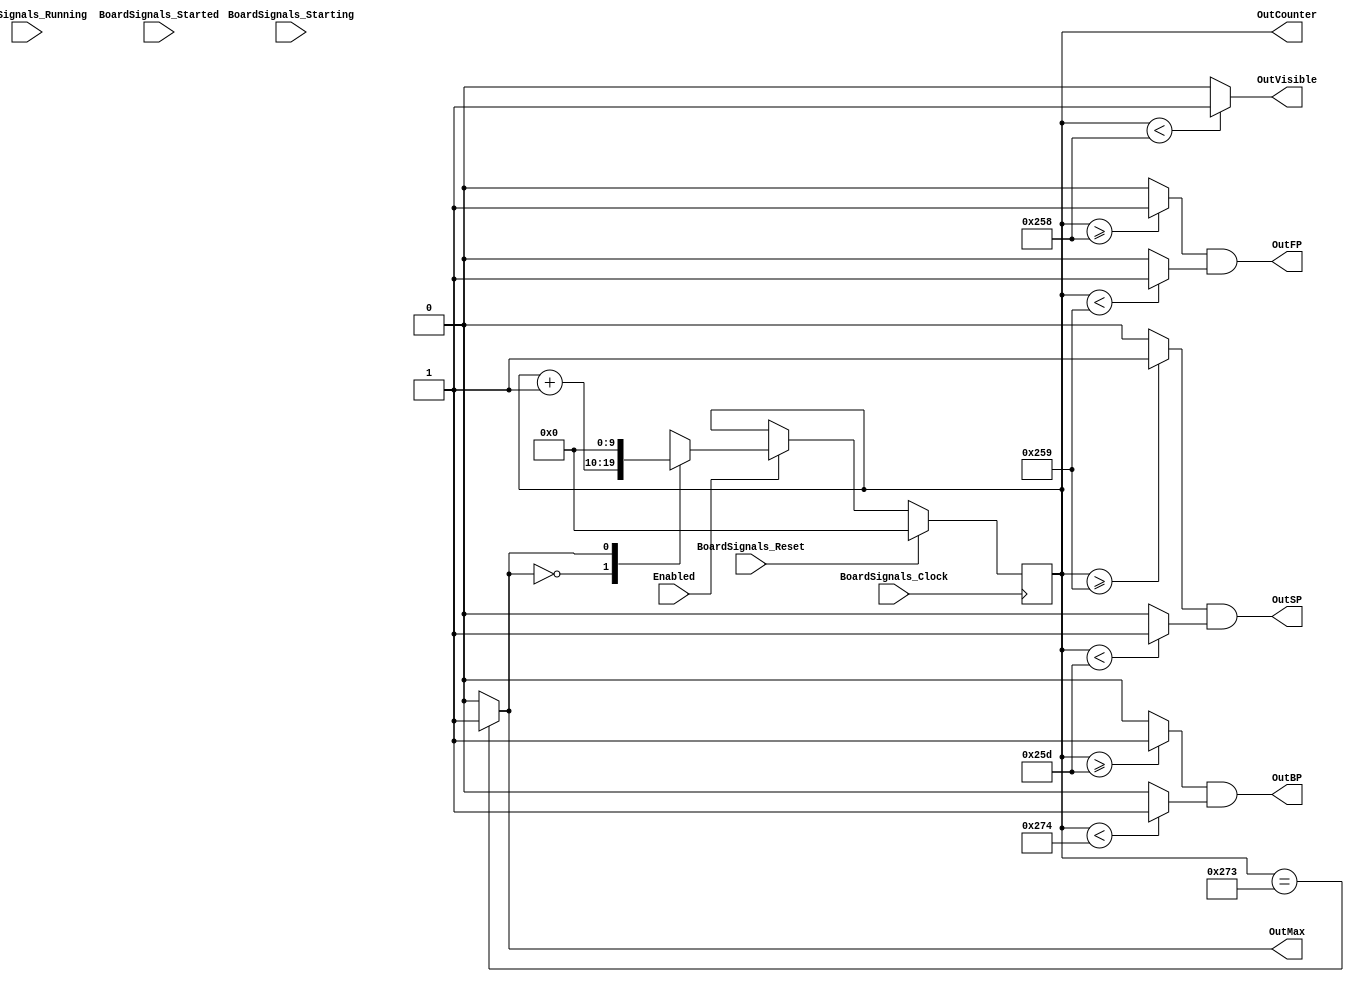
`timescale 1ns/1ps
`default_nettype none
// PLEASE READ THIS, IT MAY SAVE YOU SOME TIME AND MONEY, THANK YOU!
// * This file was generated by Quokka FPGA Toolkit.
// * Generated code is your property, do whatever you want with it
// * Place custom code between [BEGIN USER ***] and [END USER ***].
// * CAUTION: All code outside of [USER] scope is subject to regeneration.
// * Bad things happen sometimes in developer's life,
//   it is recommended to use source control management software (e.g. git, bzr etc) to keep your custom code safe'n'sound.
// * Internal structure of code is subject to change.
//   You can use some of signals in custom code, but most likely they will not exist in future (e.g. will get shorter or gone completely)
// * Please send your feedback, comments, improvement ideas etc. to evmuryshkin@gmail.com
// * Visit https://github.com/EvgenyMuryshkin/QuokkaEvaluation to access latest version of playground
// 
// DISCLAIMER:
//   Code comes AS-IS, it is your responsibility to make sure it is working as expected
//   no responsibility will be taken for any loss or damage caused by use of Quokka toolkit.
// 
// System configuration name is VGAController_TopLevel_VGAController_vSync, clock frequency is 1Hz, Embedded
// FSM summary
// -- Packages
module VGAController_TopLevel_VGAController_vSync (
// [BEGIN USER PORTS]
// [END USER PORTS]

	input wire  BoardSignals_Clock,
	input wire  BoardSignals_Reset,
	input wire  BoardSignals_Running,
	input wire  BoardSignals_Starting,
	input wire  BoardSignals_Started,
	input wire  Enabled,
	output wire OutVisible,
	output wire OutFP,
	output wire OutSP,
	output wire OutBP,
	output wire OutMax,
	output wire [10: 1] OutCounter
    );

// [BEGIN USER SIGNALS]
// [END USER SIGNALS]
localparam HiSignal = 1'b1;
localparam LoSignal = 1'b0;
wire  Zero = 1'b0;
wire  One = 1'b1;
wire  true = 1'b1;
wire  false = 1'b0;
wire  [9:0] visible = 10'b1001011000;
wire  [9:0] fp = 10'b1001011001;
wire  [9:0] sp = 10'b1001011101;
wire  [9:0] bp = 10'b1001110100;
wire  [9:0] max = 10'b1001110011;
wire  [3:0] capacity = 4'b1010;
wire  VGASyncModule_L64F9L67T10_VGASyncModule_L66F85T86_Expr = 1'b0;
wire  VGASyncModule_L64F9L67T10_VGASyncModule_L66F106T107_Expr = 1'b1;
wire  Inputs_Enabled;
reg  [9:0] NextState_counter;
wire  internalIsMax;
wire  [9:0] VGASyncModule_L64F9L67T10_VGASyncModule_L66F37T108_Source;
wire  VGASyncModule_L64F9L67T10_VGASyncModule_L66F69T87_Source;
wire  [9:0] VGASyncModule_L64F9L67T10_VGASyncModule_L66F37T126_Resize;
wire  [9:0] VGASyncModule_L64F9L67T10_VGASyncModule_L66F37T137_SignChange;
reg  [9:0] State_counter = 10'b0000000000;
wire  [9:0] State_counterDefault = 10'b0000000000;
wire  VGASyncModule_L57F30T76_Expr;
wire  VGASyncModule_L57F30T76_Expr_1;
wire  VGASyncModule_L57F30T76_Expr_2;
wire  VGASyncModule_L58F30T71_Expr;
wire  VGASyncModule_L58F30T71_Expr_1;
wire  VGASyncModule_L58F30T71_Expr_2;
wire  VGASyncModule_L59F30T71_Expr;
wire  VGASyncModule_L59F30T71_Expr_1;
wire  VGASyncModule_L59F30T71_Expr_2;
wire  [11:0] VGASyncModule_L64F9L67T10_VGASyncModule_L66F90T107_Expr;
wire signed  [11:0] VGASyncModule_L64F9L67T10_VGASyncModule_L66F90T107_Expr_1;
wire signed  [11:0] VGASyncModule_L64F9L67T10_VGASyncModule_L66F90T107_Expr_2;
wire  VGASyncModule_L54F31T51_Expr;
wire signed  [10:0] VGASyncModule_L54F31T51_ExprLhs;
wire signed  [10:0] VGASyncModule_L54F31T51_ExprRhs;
wire  VGASyncModule_L56F35T58_Expr;
wire signed  [10:0] VGASyncModule_L56F35T58_ExprLhs;
wire signed  [10:0] VGASyncModule_L56F35T58_ExprRhs;
wire  VGASyncModule_L57F30T54_Expr;
wire signed  [10:0] VGASyncModule_L57F30T54_ExprLhs;
wire signed  [10:0] VGASyncModule_L57F30T54_ExprRhs;
wire  VGASyncModule_L57F58T76_Expr;
wire signed  [10:0] VGASyncModule_L57F58T76_ExprLhs;
wire signed  [10:0] VGASyncModule_L57F58T76_ExprRhs;
wire  VGASyncModule_L58F30T49_Expr;
wire signed  [10:0] VGASyncModule_L58F30T49_ExprLhs;
wire signed  [10:0] VGASyncModule_L58F30T49_ExprRhs;
wire  VGASyncModule_L58F53T71_Expr;
wire signed  [10:0] VGASyncModule_L58F53T71_ExprLhs;
wire signed  [10:0] VGASyncModule_L58F53T71_ExprRhs;
wire  VGASyncModule_L59F30T49_Expr;
wire signed  [10:0] VGASyncModule_L59F30T49_ExprLhs;
wire signed  [10:0] VGASyncModule_L59F30T49_ExprRhs;
wire  VGASyncModule_L59F53T71_Expr;
wire signed  [10:0] VGASyncModule_L59F53T71_ExprLhs;
wire signed  [10:0] VGASyncModule_L59F53T71_ExprRhs;
reg  [9:0] VGASyncModule_L64F9L67T10_VGASyncModule_L66F53T107_Lookup;
wire  VGASyncModule_L64F9L67T10_VGASyncModule_L66F53T107_LookupMultiplexerAddress;
wire  [9:0] VGASyncModule_L64F9L67T10_VGASyncModule_L66F53T107_Lookup1;
wire  [9:0] VGASyncModule_L64F9L67T10_VGASyncModule_L66F53T107_Lookup2;
always @(posedge BoardSignals_Clock)
begin
if ( BoardSignals_Reset == 1 ) begin
State_counter <= State_counterDefault;
end
else begin
State_counter <= NextState_counter;
end
end
assign VGASyncModule_L54F31T51_Expr = VGASyncModule_L54F31T51_ExprLhs == VGASyncModule_L54F31T51_ExprRhs ? 1'b1 : 1'b0;
assign VGASyncModule_L56F35T58_Expr = VGASyncModule_L56F35T58_ExprLhs < VGASyncModule_L56F35T58_ExprRhs ? 1'b1 : 1'b0;
assign VGASyncModule_L57F30T54_Expr = VGASyncModule_L57F30T54_ExprLhs >= VGASyncModule_L57F30T54_ExprRhs ? 1'b1 : 1'b0;
assign VGASyncModule_L57F58T76_Expr = VGASyncModule_L57F58T76_ExprLhs < VGASyncModule_L57F58T76_ExprRhs ? 1'b1 : 1'b0;
assign VGASyncModule_L58F30T49_Expr = VGASyncModule_L58F30T49_ExprLhs >= VGASyncModule_L58F30T49_ExprRhs ? 1'b1 : 1'b0;
assign VGASyncModule_L58F53T71_Expr = VGASyncModule_L58F53T71_ExprLhs < VGASyncModule_L58F53T71_ExprRhs ? 1'b1 : 1'b0;
assign VGASyncModule_L59F30T49_Expr = VGASyncModule_L59F30T49_ExprLhs >= VGASyncModule_L59F30T49_ExprRhs ? 1'b1 : 1'b0;
assign VGASyncModule_L59F53T71_Expr = VGASyncModule_L59F53T71_ExprLhs < VGASyncModule_L59F53T71_ExprRhs ? 1'b1 : 1'b0;
assign VGASyncModule_L57F30T76_Expr = VGASyncModule_L57F30T76_Expr_1 & VGASyncModule_L57F30T76_Expr_2;
assign VGASyncModule_L58F30T71_Expr = VGASyncModule_L58F30T71_Expr_1 & VGASyncModule_L58F30T71_Expr_2;
assign VGASyncModule_L59F30T71_Expr = VGASyncModule_L59F30T71_Expr_1 & VGASyncModule_L59F30T71_Expr_2;
assign VGASyncModule_L64F9L67T10_VGASyncModule_L66F90T107_Expr = VGASyncModule_L64F9L67T10_VGASyncModule_L66F90T107_Expr_1 + VGASyncModule_L64F9L67T10_VGASyncModule_L66F90T107_Expr_2;
always @*
begin
case (VGASyncModule_L64F9L67T10_VGASyncModule_L66F53T107_LookupMultiplexerAddress)
    'b0:
VGASyncModule_L64F9L67T10_VGASyncModule_L66F53T107_Lookup = VGASyncModule_L64F9L67T10_VGASyncModule_L66F53T107_Lookup1;
    'b1:
VGASyncModule_L64F9L67T10_VGASyncModule_L66F53T107_Lookup = VGASyncModule_L64F9L67T10_VGASyncModule_L66F53T107_Lookup2;
  default:
VGASyncModule_L64F9L67T10_VGASyncModule_L66F53T107_Lookup = 'b0000000000;
endcase

end
always @*
begin
NextState_counter = State_counter;
if ( Inputs_Enabled == 1 ) begin
NextState_counter = VGASyncModule_L64F9L67T10_VGASyncModule_L66F37T137_SignChange;
end

end
assign VGASyncModule_L54F31T51_ExprLhs = { {1{1'b0}}, State_counter }/*expand*/;
assign VGASyncModule_L54F31T51_ExprRhs = { {1{1'b0}}, max }/*expand*/;
assign VGASyncModule_L56F35T58_ExprLhs = { {1{1'b0}}, State_counter }/*expand*/;
assign VGASyncModule_L56F35T58_ExprRhs = { {1{1'b0}}, visible }/*expand*/;
assign VGASyncModule_L57F30T54_ExprLhs = { {1{1'b0}}, State_counter }/*expand*/;
assign VGASyncModule_L57F30T54_ExprRhs = { {1{1'b0}}, visible }/*expand*/;
assign VGASyncModule_L57F58T76_ExprLhs = { {1{1'b0}}, State_counter }/*expand*/;
assign VGASyncModule_L57F58T76_ExprRhs = { {1{1'b0}}, fp }/*expand*/;
assign VGASyncModule_L58F30T49_ExprLhs = { {1{1'b0}}, State_counter }/*expand*/;
assign VGASyncModule_L58F30T49_ExprRhs = { {1{1'b0}}, fp }/*expand*/;
assign VGASyncModule_L58F53T71_ExprLhs = { {1{1'b0}}, State_counter }/*expand*/;
assign VGASyncModule_L58F53T71_ExprRhs = { {1{1'b0}}, sp }/*expand*/;
assign VGASyncModule_L59F30T49_ExprLhs = { {1{1'b0}}, State_counter }/*expand*/;
assign VGASyncModule_L59F30T49_ExprRhs = { {1{1'b0}}, sp }/*expand*/;
assign VGASyncModule_L59F53T71_ExprLhs = { {1{1'b0}}, State_counter }/*expand*/;
assign VGASyncModule_L59F53T71_ExprRhs = { {1{1'b0}}, bp }/*expand*/;
assign VGASyncModule_L57F30T76_Expr_1 = VGASyncModule_L57F30T54_Expr;
assign VGASyncModule_L57F30T76_Expr_2 = VGASyncModule_L57F58T76_Expr;
assign VGASyncModule_L58F30T71_Expr_1 = VGASyncModule_L58F30T49_Expr;
assign VGASyncModule_L58F30T71_Expr_2 = VGASyncModule_L58F53T71_Expr;
assign VGASyncModule_L59F30T71_Expr_1 = VGASyncModule_L59F30T49_Expr;
assign VGASyncModule_L59F30T71_Expr_2 = VGASyncModule_L59F53T71_Expr;
assign VGASyncModule_L64F9L67T10_VGASyncModule_L66F90T107_Expr_1 = { {2{1'b0}}, State_counter }/*expand*/;
assign VGASyncModule_L64F9L67T10_VGASyncModule_L66F90T107_Expr_2 = { {11{1'b0}}, VGASyncModule_L64F9L67T10_VGASyncModule_L66F106T107_Expr }/*expand*/;
assign Inputs_Enabled = Enabled;
assign internalIsMax = VGASyncModule_L54F31T51_Expr;
assign VGASyncModule_L64F9L67T10_VGASyncModule_L66F69T87_Source = VGASyncModule_L64F9L67T10_VGASyncModule_L66F85T86_Expr;
assign VGASyncModule_L64F9L67T10_VGASyncModule_L66F37T108_Source = VGASyncModule_L64F9L67T10_VGASyncModule_L66F53T107_Lookup;
assign VGASyncModule_L64F9L67T10_VGASyncModule_L66F37T126_Resize = VGASyncModule_L64F9L67T10_VGASyncModule_L66F37T108_Source;
assign VGASyncModule_L64F9L67T10_VGASyncModule_L66F37T137_SignChange = VGASyncModule_L64F9L67T10_VGASyncModule_L66F37T126_Resize;
assign OutVisible = VGASyncModule_L56F35T58_Expr;
assign OutFP = VGASyncModule_L57F30T76_Expr;
assign OutSP = VGASyncModule_L58F30T71_Expr;
assign OutBP = VGASyncModule_L59F30T71_Expr;
assign OutMax = internalIsMax;
assign OutCounter = State_counter;
assign VGASyncModule_L64F9L67T10_VGASyncModule_L66F53T107_Lookup1 = VGASyncModule_L64F9L67T10_VGASyncModule_L66F90T107_Expr[9:0]/*truncate*/;
assign VGASyncModule_L64F9L67T10_VGASyncModule_L66F53T107_Lookup2 = { {9{1'b0}}, VGASyncModule_L64F9L67T10_VGASyncModule_L66F69T87_Source }/*expand*/;
assign VGASyncModule_L64F9L67T10_VGASyncModule_L66F53T107_LookupMultiplexerAddress = internalIsMax;
// [BEGIN USER ARCHITECTURE]
// [END USER ARCHITECTURE]
endmodule